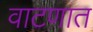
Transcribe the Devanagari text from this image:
वाटणात